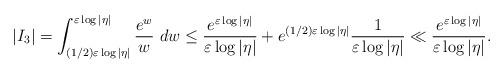
LaTeX: \begin{align*} |I_3|=\int_{(1/2)\varepsilon \log |\eta|}^{\varepsilon \log |\eta|}\frac{e^w}{w}\ dw \leq \frac{e^{\varepsilon \log |\eta |}}{\varepsilon \log |\eta|}+e^{(1/2)\varepsilon \log |\eta |}\frac{1}{\varepsilon \log |\eta|} \ll \frac{e^{\varepsilon \log |\eta |}}{\varepsilon \log |\eta|}.\end{align*}